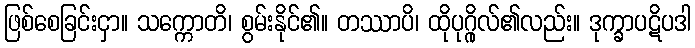
ဖြစ်စေခြင်းငှာ။ သက္ကောတိ၊ စွမ်းနိုင်၏။ တဿာပိ၊ ထိုပုဂ္ဂိုလ်၏လည်း။ ဒုက္ခာပဋိပဒါ